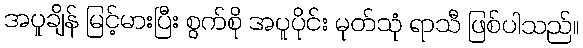
အပူချိန် မြင့်မားပြီး စွက်စို အပူပိုင်း မုတ်သုံ ရာသီ ဖြစ်ပါသည်။